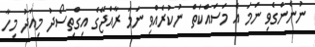
ނުނެންގެވި ނަމަ އެ މަސައްކަތް ނުކުރެއްވި ނަމަ ރާއްޖޭގެ އިގްތިސޯދު މިއަދު މިހާ